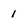
Character: 1